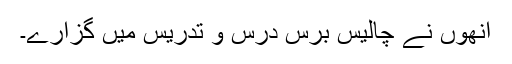
انھوں نے چالیس برس درس و تدریس میں گزارے۔